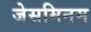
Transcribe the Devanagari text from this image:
जेसमिनम